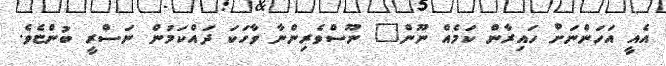
އެއީ އަހަންނަށް ހައިރާން ކަމެއް ނޫން" ނޫސްވެރިންނާ ވާހަކަ ދައްކަމުން ނަސްރީ ބުންޏެވެ.